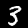
Digit: 3